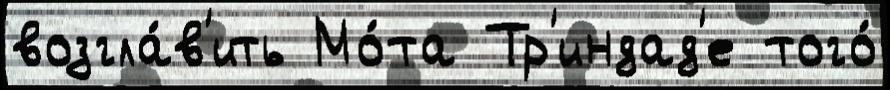
возгла́в'ить Мо́та Тр'индад'е того́